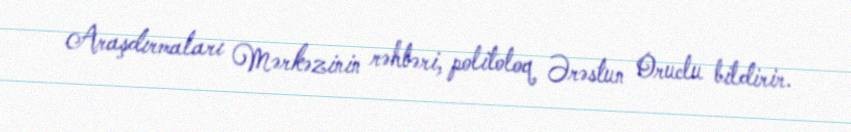
Araşdırmaları Mərkəzinin rəhbəri, politoloq Ərəstun Oruclu bildirir.